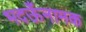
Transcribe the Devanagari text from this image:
भदऊँनामक